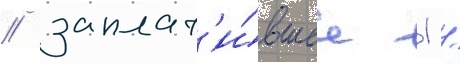
/ заплат'и́вшее 1 /